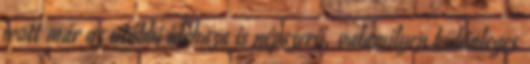
ivott már az utóbbi idehaza is népszerű, valamilyen különleges